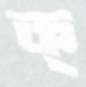
ক্